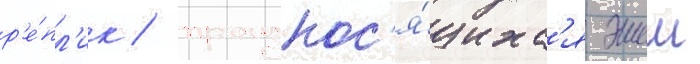
р'е́пл'ик / произнос'я́щихс'я эшем